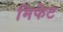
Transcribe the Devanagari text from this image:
मिफेट